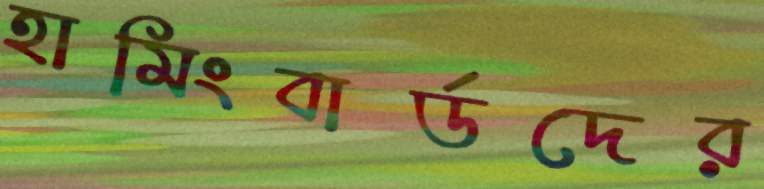
হামিংবার্ডদের